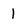
Character: 1